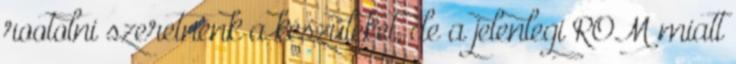
rootolni szeretnénk a készüléket, de a jelenlegi ROM miatt